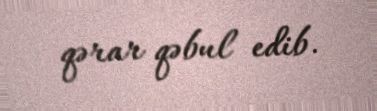
qərar qəbul edib.